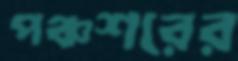
পঞ্চশরের